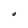
Character: O